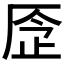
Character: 𠩧